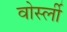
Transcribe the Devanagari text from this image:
वोर्स्ली